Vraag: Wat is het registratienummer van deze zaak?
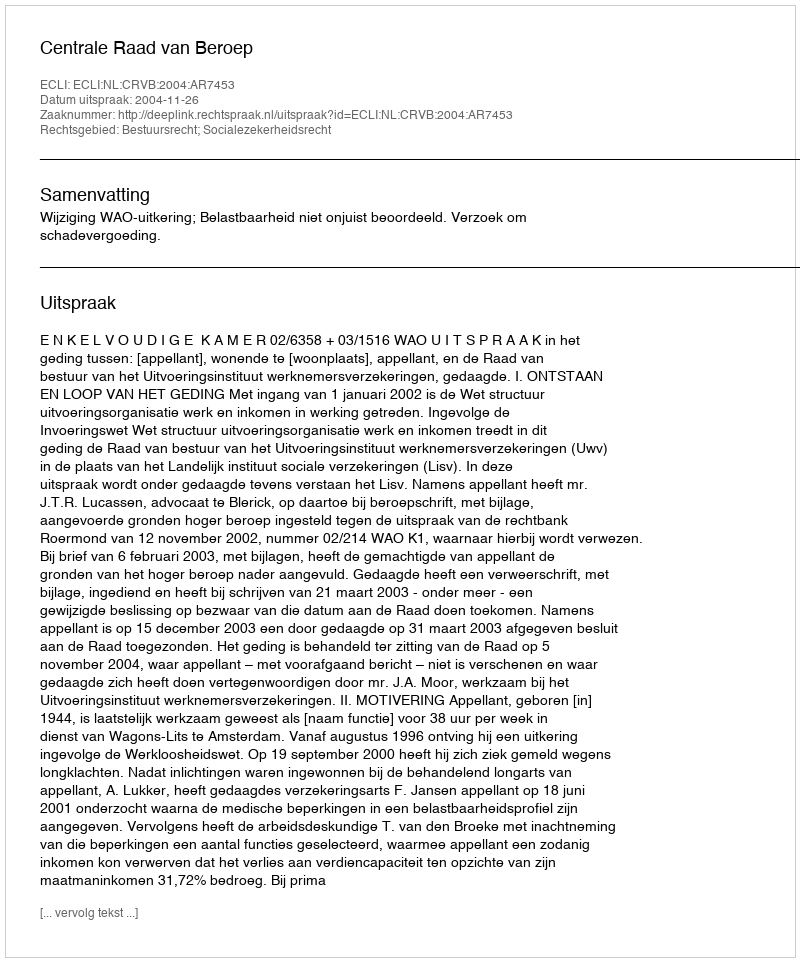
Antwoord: http://deeplink.rechtspraak.nl/uitspraak?id=ECLI:NL:CRVB:2004:AR7453